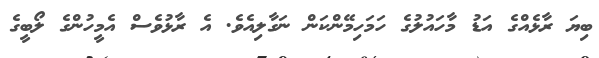
ބިޔަ ރާޅެއްގެ އަޑު މާހައުލުގެ ހަމަހިމޭންކަން ނަގާލިއެވެ. އެ ރާޅުވެސް އެމީހުންގެ ލޯބީގެ